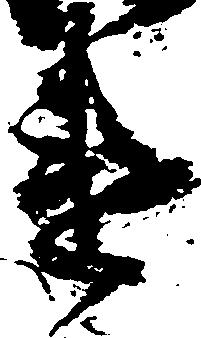
違